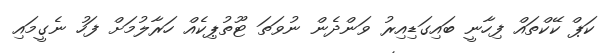
ކަޕް ކޭކްތައް ފިހާނީ ބައިގަޑިއިރު ވަންދެން ނުވަތަ ޓޫތުޕިކެއް ހަރާލުމަށް ފަހު ނެގީމައި